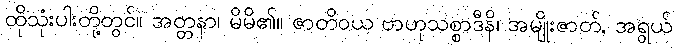
ထိုသုံးပါးတို့တွင်။ အတ္တနာ၊ မိမိ၏။ ဇာတိဝယ ဗာဟုသစ္စာဒီနိ၊ အမျိုးဇာတ်, အရွယ်